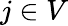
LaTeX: j\in V